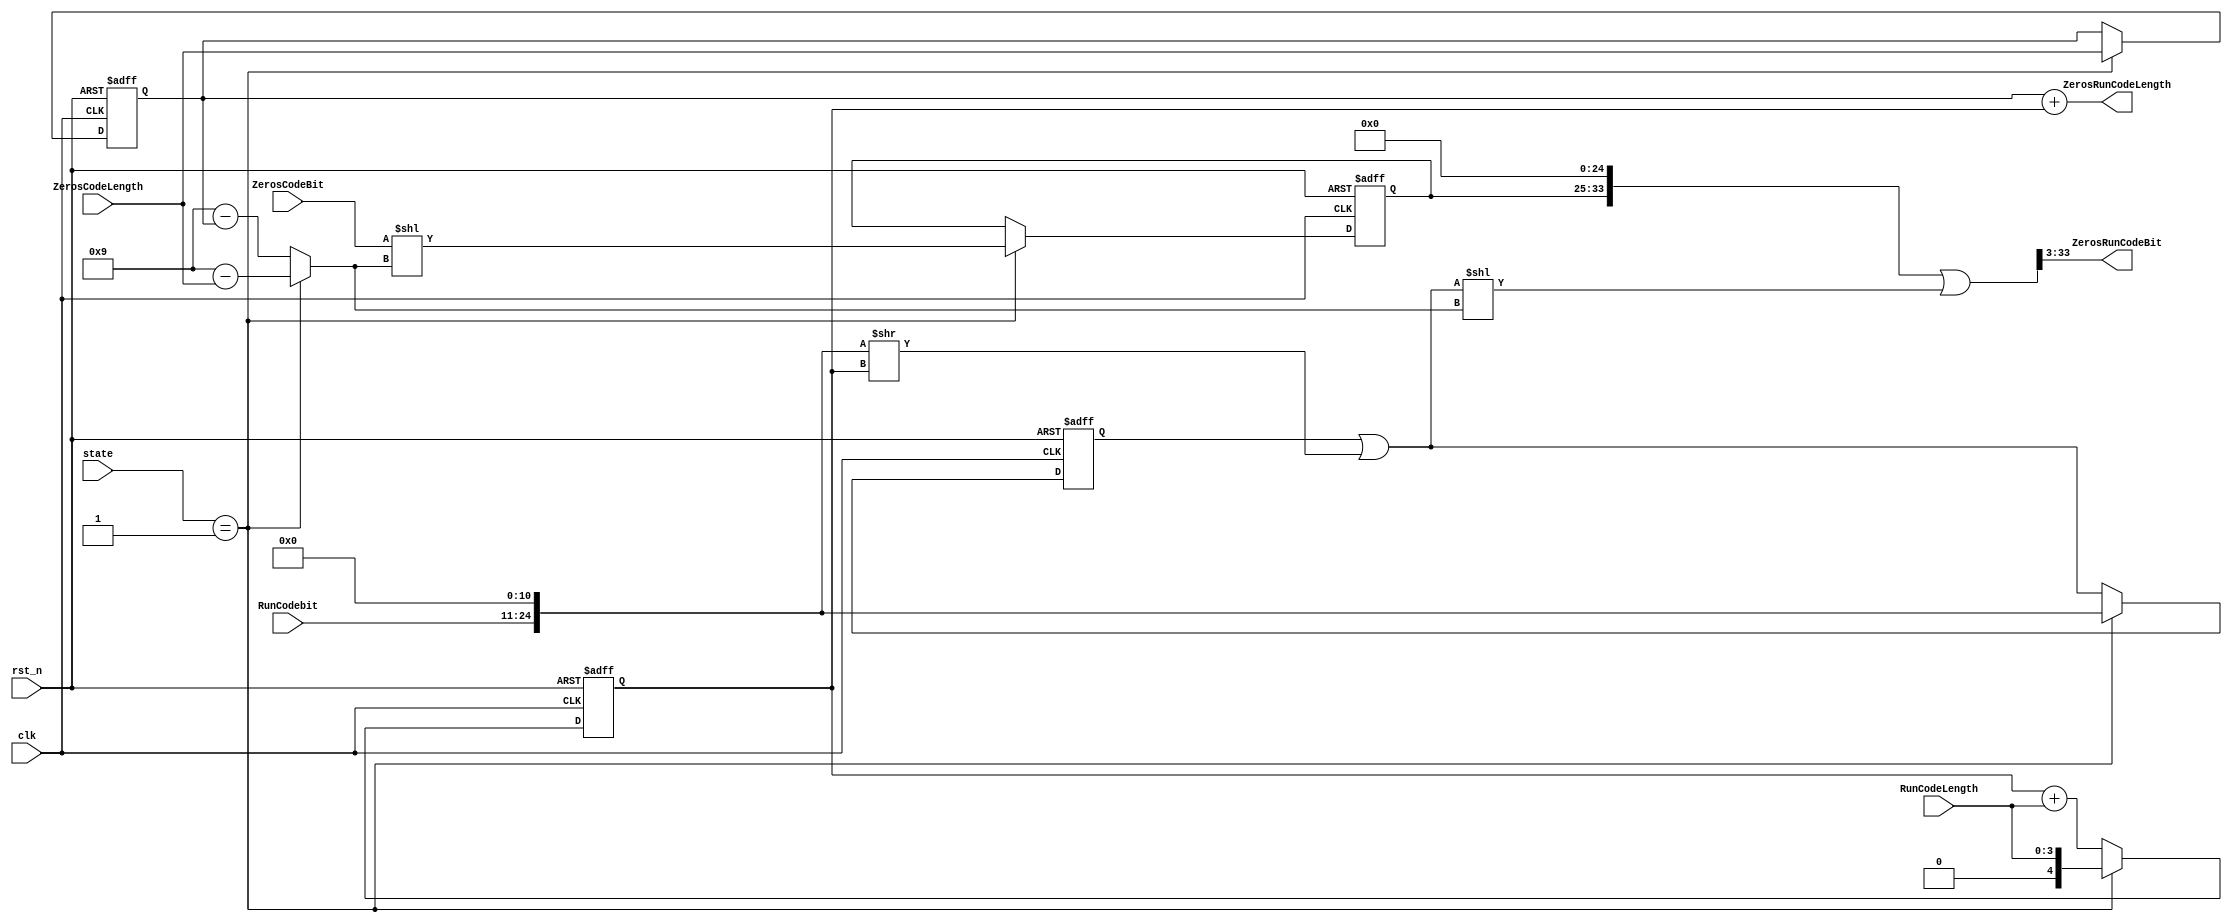
module Zeros_Run_packer(
				clk,
				rst_n,
				state,
				ZerosCodeBit,
				ZerosCodeLength,
				RunCodebit,
				RunCodeLength,	
				ZerosRunCodeBit,
				ZerosRunCodeLength
);

parameter 	enc_init    = 4'b0000, //enc init
			enc_cycle0  = 4'b0001, //enc clock 1
			enc_cycle1  = 4'b0010, //enc clock 2
			enc_cycle2  = 4'b0011, //enc clock 3
			enc_cycle3  = 4'b0100, //enc clock 4
            enc_cycle4  = 4'b0101, //enc clock 5
            enc_cycle5  = 4'b0110, //enc clock 6
            enc_cycle6  = 4'b0111, //enc clock 7
            enc_cycle7  = 4'b1000; //enc clock 8

input         clk, rst_n;
input  [3:0]  state;
input  [2:0]  ZerosCodeBit;
input  [3:0]  ZerosCodeLength;
input  [13:0] RunCodebit;
input  [3:0]  RunCodeLength;

output [30:0] ZerosRunCodeBit;
output [4:0]  ZerosRunCodeLength;


reg    [24:0] regRunCode;
reg    [4:0]  regRunLength;
reg    [8:0]  ZerosCode;
reg    [3:0]  ZerosLength;


wire   [33:0] tmpCodeBit;
wire   [3:0]  bubble0,bubble1;
wire   [8:0]  tmpZerosCode;
wire   [4:0]  tmpRunCodeLength;
wire   [24:0] tmpRunCode;
wire   [24:0] tmpRunCode2;
wire   [33:0] ZerosRunCodeBit1;


assign bubble0 = (state == enc_cycle0)? (4'd9 - ZerosCodeLength) 
			   : (4'd9 - ZerosLength);
assign tmpZerosCode = (state == enc_cycle0)? ({6'b0,ZerosCodeBit}<<bubble0) : 9'b0;

always @(posedge clk or negedge rst_n) begin
	if(!rst_n) begin
		ZerosCode <= 0;
		ZerosLength   <= 0;
	end
	else if(state == enc_cycle0) begin
		ZerosCode <= tmpZerosCode;
		ZerosLength   <= ZerosCodeLength;
	end
	else begin
		ZerosCode <= ZerosCode;
		ZerosLength   <= ZerosLength;
	end
end

always @(posedge clk or negedge rst_n) begin
	if(!rst_n) begin
		regRunLength <= 0;
		regRunCode   <= 0;
	end
	else begin
		regRunLength <= tmpRunCodeLength;
		regRunCode   <= tmpRunCode;
	end
end

assign tmpRunCode2 = regRunCode | {RunCodebit,11'b0}>>regRunLength;

assign tmpRunCode = (state == enc_cycle0)?{RunCodebit,11'b0} : tmpRunCode2; 
assign tmpRunCodeLength = (state == enc_cycle0)?RunCodeLength 
                        : (regRunLength+RunCodeLength);
	
assign ZerosRunCodeBit1 = {ZerosCode,25'b0} | ({9'b0, tmpRunCode2}<<bubble0);
assign ZerosRunCodeBit = ZerosRunCodeBit1[33:3];
assign ZerosRunCodeLength = ZerosLength + regRunLength;

endmodule